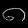
Digit: ၈